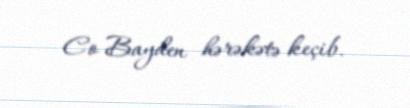
Co Bayden hərəkətə keçib.